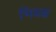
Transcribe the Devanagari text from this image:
भियक्ष